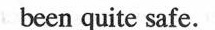
been quite safe.